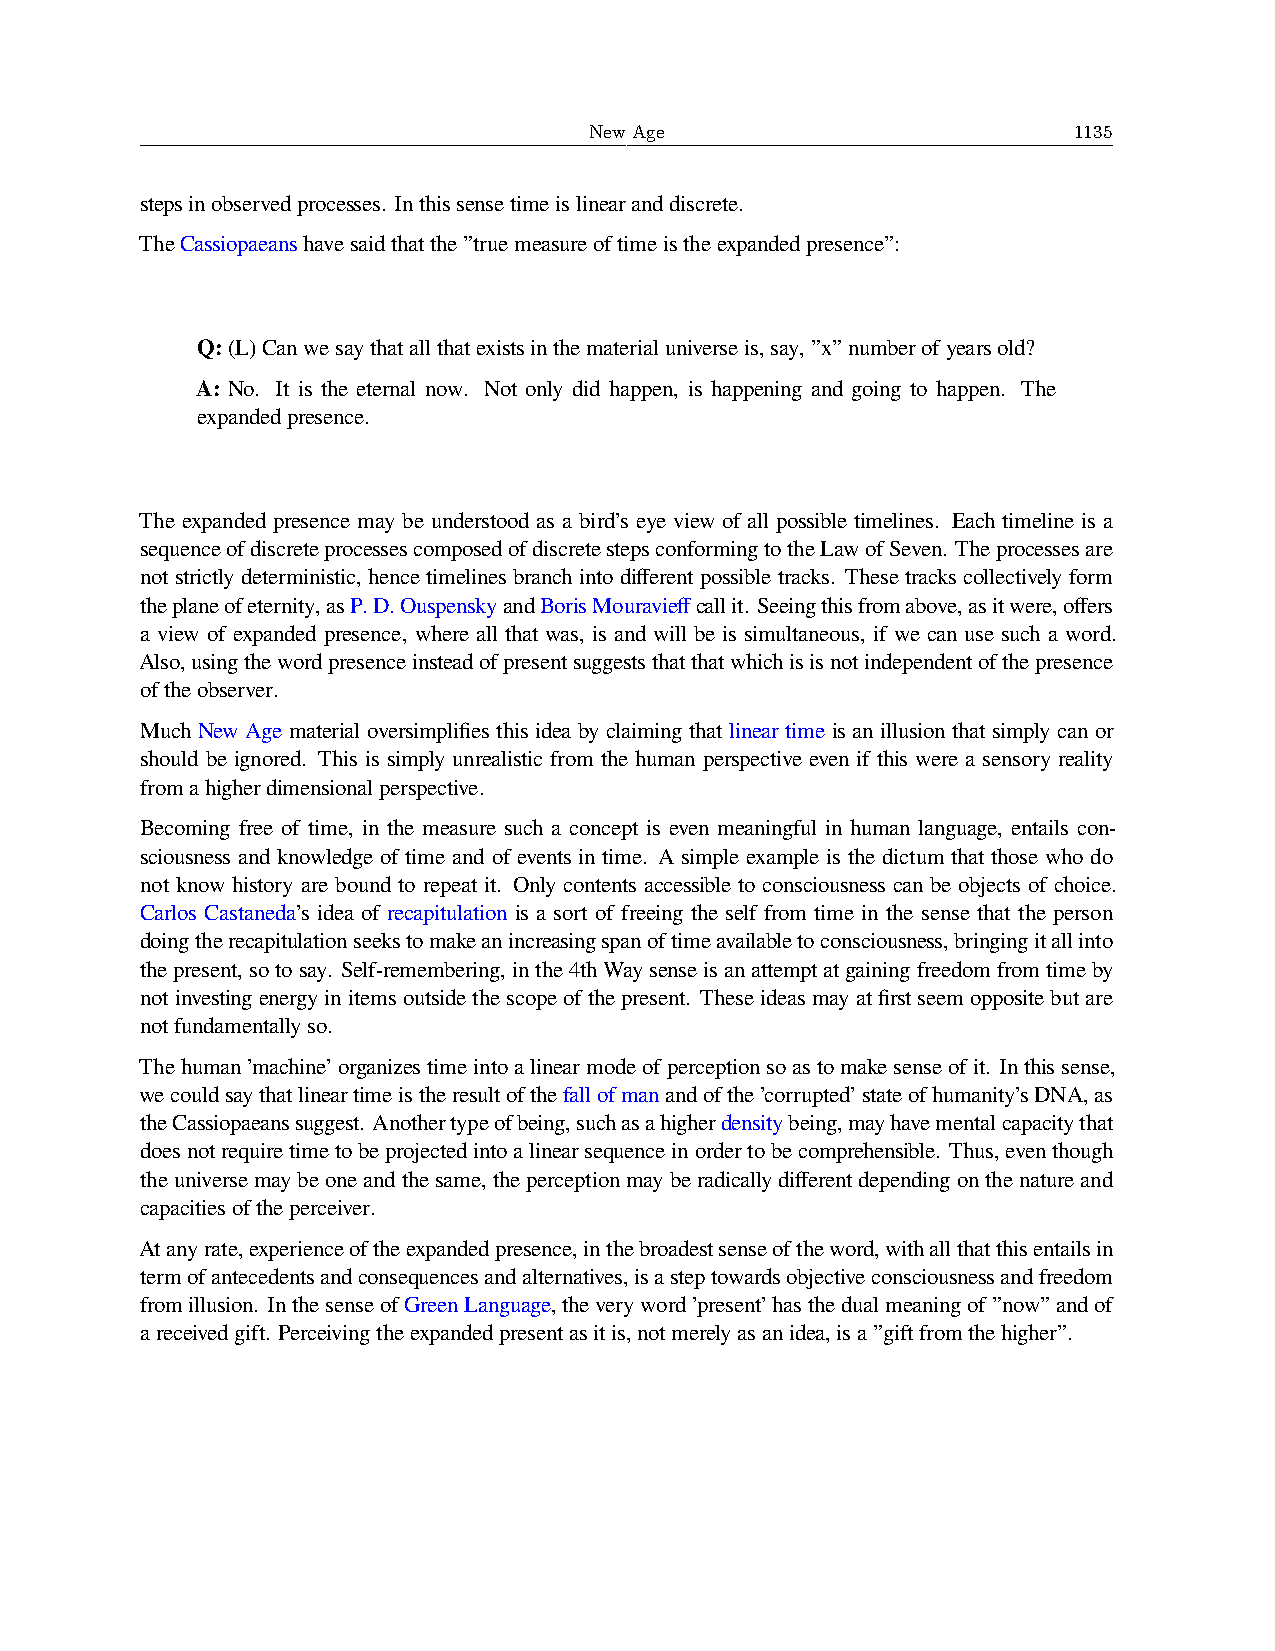
New Age                         1135
 stepsinobservedprocesses. Inthissensetimeislinearanddiscrete.
 TheCassiopaeanshavesaidthatthe”truemeasureoftimeistheexpandedpresence”:
 Q:(L)Canwesaythatallthatexistsinthematerialuniverseis,say,”x”numberofyearsold?
 A: No. It is the eternal now. Not only did happen, is happening and going to happen. The
 expandedpresence.
 The expanded presence may be understood as a bird’s eye view of all possible timelines. Each timeline is a
 sequenceofdiscreteprocessescomposedofdiscretestepsconformingtotheLawofSeven. Theprocessesare
 not strictly deterministic, hence timelines branch into different possible tracks. These tracks collectively form
 theplaneofeternity,asP.D.OuspenskyandBorisMouravieffcallit. Seeingthisfromabove,asitwere,offers
 a view of expanded presence, where all that was, is and will be is simultaneous, if we can use such a word.
 Also,usingthewordpresenceinsteadofpresentsuggeststhatthatwhichisisnotindependentofthepresence
 oftheobserver.
 Much New Age material oversimplifies this idea by claiming that linear time is an illusion that simply can or
 should be ignored. This is simply unrealistic from the human perspective even if this were a sensory reality
 fromahigherdimensionalperspective.
 Becoming free of time, in the measure such a concept is even meaningful in human language, entails con-
 sciousness and knowledge of time and of events in time. A simple example is the dictum that those who do
 not know history are bound to repeat it. Only contents accessible to consciousness can be objects of choice.
 Carlos Castaneda’s idea of recapitulation is a sort of freeing the self from time in the sense that the person
 doingtherecapitulationseekstomakeanincreasingspanoftimeavailabletoconsciousness,bringingitallinto
 thepresent,sotosay. Self-remembering,inthe4thWaysenseisanattemptatgainingfreedomfromtimeby
 notinvestingenergyinitemsoutsidethescopeofthepresent. Theseideasmayatfirstseemoppositebutare
 notfundamentallyso.
 Thehuman’machine’organizestimeintoalinearmodeofperceptionsoastomakesenseofit. Inthissense,
 wecouldsaythatlineartimeistheresultofthefallofmanandofthe’corrupted’stateofhumanity’sDNA,as
 theCassiopaeanssuggest. Anothertypeofbeing,suchasahigherdensitybeing,mayhavementalcapacitythat
 doesnotrequiretimetobeprojectedintoalinearsequenceinordertobecomprehensible. Thus,eventhough
 theuniversemaybeoneandthesame,theperceptionmayberadicallydifferentdependingonthenatureand
 capacitiesoftheperceiver.
 Atanyrate,experienceoftheexpandedpresence,inthebroadestsenseoftheword,withallthatthisentailsin
 termofantecedentsandconsequencesandalternatives,isasteptowardsobjectiveconsciousnessandfreedom
 fromillusion. InthesenseofGreenLanguage,theveryword’present’hasthedualmeaningof”now”andof
 areceivedgift. Perceivingtheexpandedpresentasitis,notmerelyasanidea,isa”giftfromthehigher”.